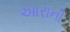
આરાની